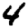
Digit: 4